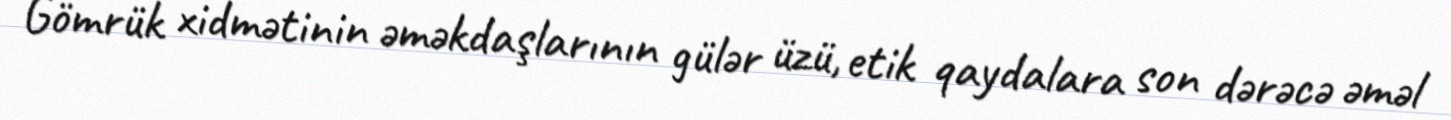
Gömrük xidmətinin əməkdaşlarının gülər üzü, etik qaydalara son dərəcə əməl